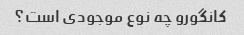
کانگورو چه نوع موجودی است؟